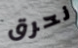
نحرق